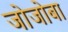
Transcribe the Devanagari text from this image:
जोजोबा